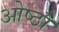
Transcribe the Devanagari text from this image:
ओष्ठौ